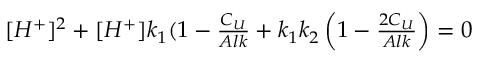
\begin{array} { r } { [ H ^ { + } ] ^ { 2 } + [ H ^ { + } ] k _ { 1 } ( 1 - \frac { C _ { U } } { A l k } + k _ { 1 } k _ { 2 } \left( 1 - \frac { 2 C _ { U } } { A l k } \right) = 0 } \end{array}